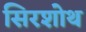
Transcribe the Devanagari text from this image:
सिरशोथ